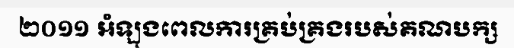
២០១១ អំឡុងពេលការគ្រប់គ្រងរបស់គណបក្ស